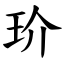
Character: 玠